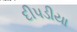
દીપડીયા